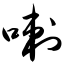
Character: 喇